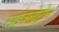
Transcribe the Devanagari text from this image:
साईक्लोट्रोन